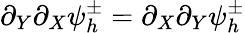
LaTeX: \partial_{Y}\partial_{X}\psi_{h}^{\pm}=\partial_{X}\partial_{Y}\psi_{h}^{\pm}